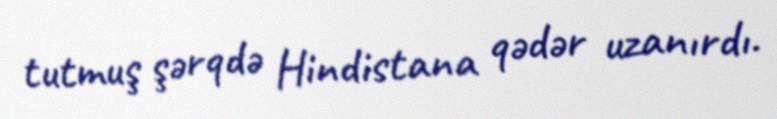
tutmuş şərqdə Hindistana qədər uzanırdı.